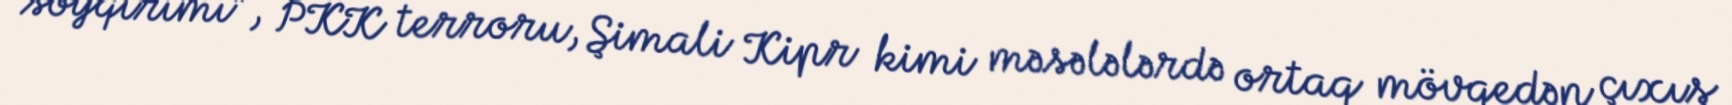
soyqırımı", PKK terroru, Şimali Kipr kimi məsələlərdə ortaq mövqedən çıxış